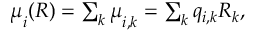
\begin{array} { r } { { \boldsymbol \mu } _ { i } ( { \boldsymbol { R } } ) = \sum _ { k } { \boldsymbol \mu } _ { i , k } = \sum _ { k } q _ { i , k } \boldsymbol { R } _ { k } , } \end{array}